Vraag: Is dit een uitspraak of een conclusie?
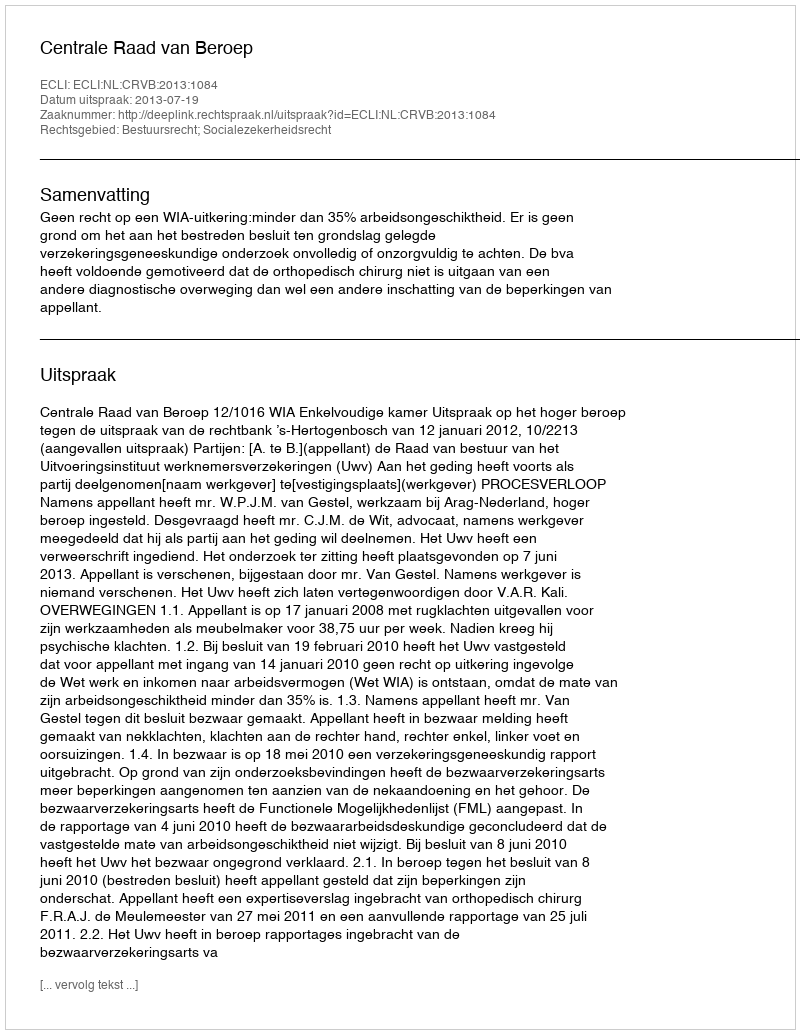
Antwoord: Uitspraak